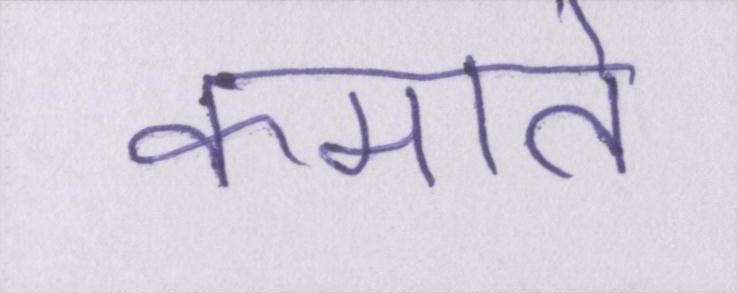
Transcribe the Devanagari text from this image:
कमाते